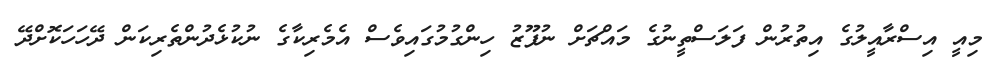
މިއީ އިސްރާއީލުގެ އިތުރުން ފަލަސްތީނުގެ މައްޗަށް ނުފޫޒު ހިންގުމުގައިވެސް އެމެރިކާގެ ނުކުޅެދުންތެރިކަން ދޭހަހަކޮށްދޭ